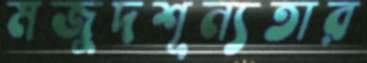
মজুদশূন্যতার